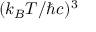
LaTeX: ( k _ { B } T / \hbar c ) ^ { 3 }